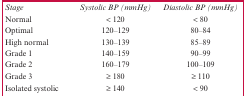
| Stage | Systolic BP (mmHg) | Diastolic BP (mmHg) |
 | --- | --- | --- |
 | Normal | < 120 | < 80 |
 | Optimal | 120–129 | 80–84 |
 | High normal | 130–139 | 85–89 |
 | Grade 1 | 140–159 | 90–99 |
 | Grade 2 | 160–179 | 100–109 |
 | Grade 3 | ≥ 180 | ≥ 110 |
 | Isolated systolic | ≥ 140 | < 90 |